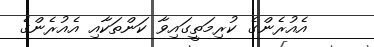
އެއުރެންގެ ކުރިމަތީގައިވާ ކަންތަކާއި އެއުރެންގެ